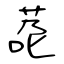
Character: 莻